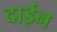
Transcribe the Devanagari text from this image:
दाईन